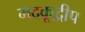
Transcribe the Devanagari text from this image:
मदकूद्वीप